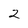
Character: 2